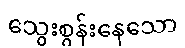
သွေးစွန်းနေသော